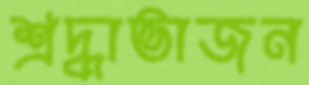
শ্রদ্ধাভাজন